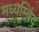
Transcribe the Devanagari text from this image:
मध्यम्बिंदु